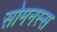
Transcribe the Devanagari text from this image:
सोमनस्स